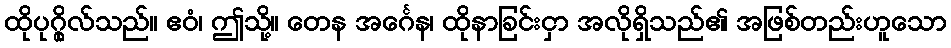
ထိုပုဂ္ဂိုလ်သည်။ ဧဝံ၊ ဤသို့။ တေန အင်္ဂေန၊ ထိုနာခြင်းငှာ အလိုရှိသည်၏ အဖြစ်တည်းဟူသော